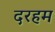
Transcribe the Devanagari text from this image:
दरहम